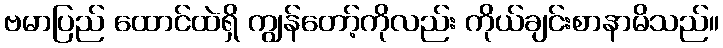
ဗမာပြည် ထောင်ထဲရှိ ကျွန်တော့်ကိုလည်း ကိုယ်ချင်းစာနာမိသည်။